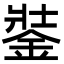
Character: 銺